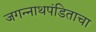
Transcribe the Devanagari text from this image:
जगन्‍नाथपंडिताचा